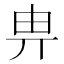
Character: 畁